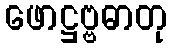
ဖောဋ္ဌဗ္ဗဓာတု